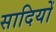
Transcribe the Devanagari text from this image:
सादियों